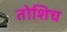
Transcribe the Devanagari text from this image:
तोशिच